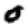
Digit: 0